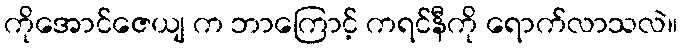
ကိုအောင်ဇေယျ က ဘာကြောင့် ကရင်နီကို ရောက်လာသလဲ။